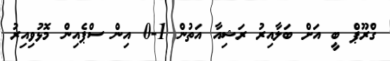
ގްރޫޕް ބީ އަށް ބަލާއިރު ރަޝިއާ އަތުން 1-0 އިން ސްޕެއިން މޮޅުވިއިރު